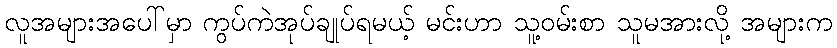
လူအများအပေါ်မှာ ကွပ်ကဲအုပ်ချုပ်ရမယ့် မင်းဟာ သူ့ဝမ်းစာ သူမအားလို့ အများက